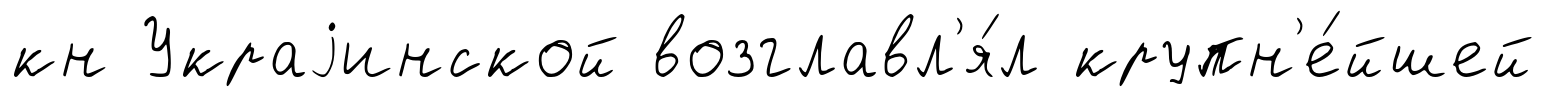
кн Украjинской возглавл'я́л крупн'е́йшей